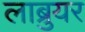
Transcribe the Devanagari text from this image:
लाब्रुयर